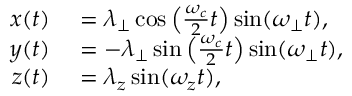
\begin{array} { r l } { x ( t ) } & { { } = \lambda _ { \perp } \cos \left( \frac { \omega _ { c } } { 2 } t \right) \sin ( \omega _ { \perp } t ) , } \\ { y ( t ) } & { { } = - \lambda _ { \perp } \sin \left( \frac { \omega _ { c } } { 2 } t \right) \sin ( \omega _ { \perp } t ) , } \\ { z ( t ) } & { { } = \lambda _ { z } \sin ( \omega _ { z } t ) , } \end{array}